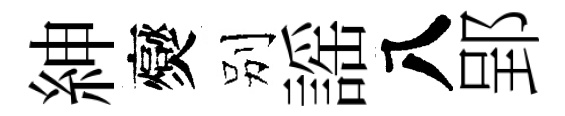
紳爕别謡八郢